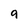
Character: g